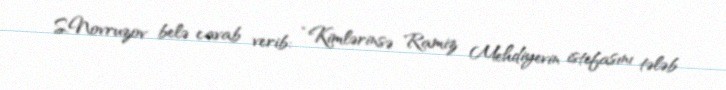
S.Novruzov belə cavab verib: “Kimlərinsə Ramiz Mehdiyevin istefasını tələb